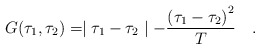
\begin{align*}G(\tau_1,\tau_2) = \mid \tau_1 - \tau_2\mid -{{(\tau_1 - \tau_2)}^2\over T}\quad .\end{align*}